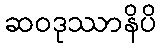
ဆဝဒုဿာနိပိ